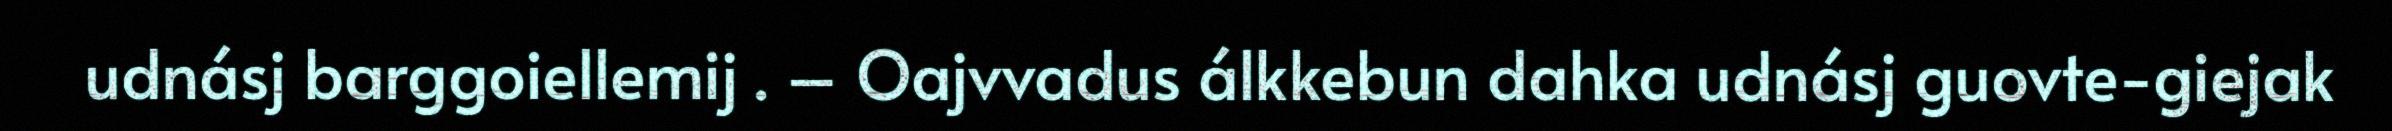
udnásj barggoiellemij . – Oajvvadus álkkebun dahka udnásj guovte-giejak